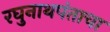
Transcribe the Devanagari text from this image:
रघुनाथपंताचा